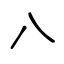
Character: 八